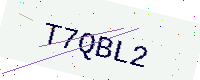
Text: T7QBL2